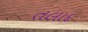
તલાદ